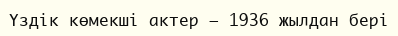
Үздік көмекші актер – 1936 жылдан бері